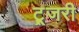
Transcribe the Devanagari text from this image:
ट्र्जरी